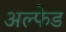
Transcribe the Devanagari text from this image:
अल्फेड